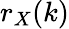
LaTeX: r_{X}(k)